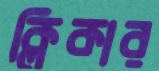
ক্লিকার